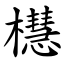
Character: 櫘